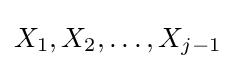
X_{1},X_{2},\dots ,X_{j-1}